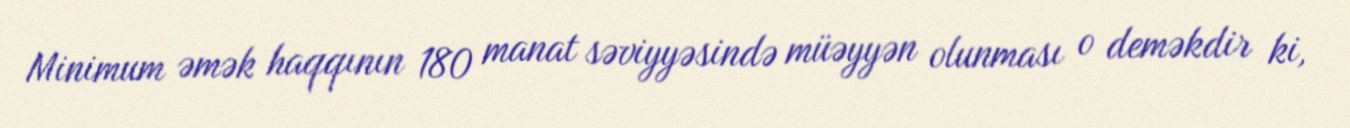
Minimum əmək haqqının 180 manat səviyyəsində müəyyən olunması o deməkdir ki,